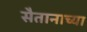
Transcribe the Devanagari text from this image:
सैतानाच्या